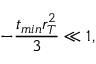
- { \frac { t _ { m i n } r _ { T } ^ { 2 } } { 3 } } \ll 1 ,